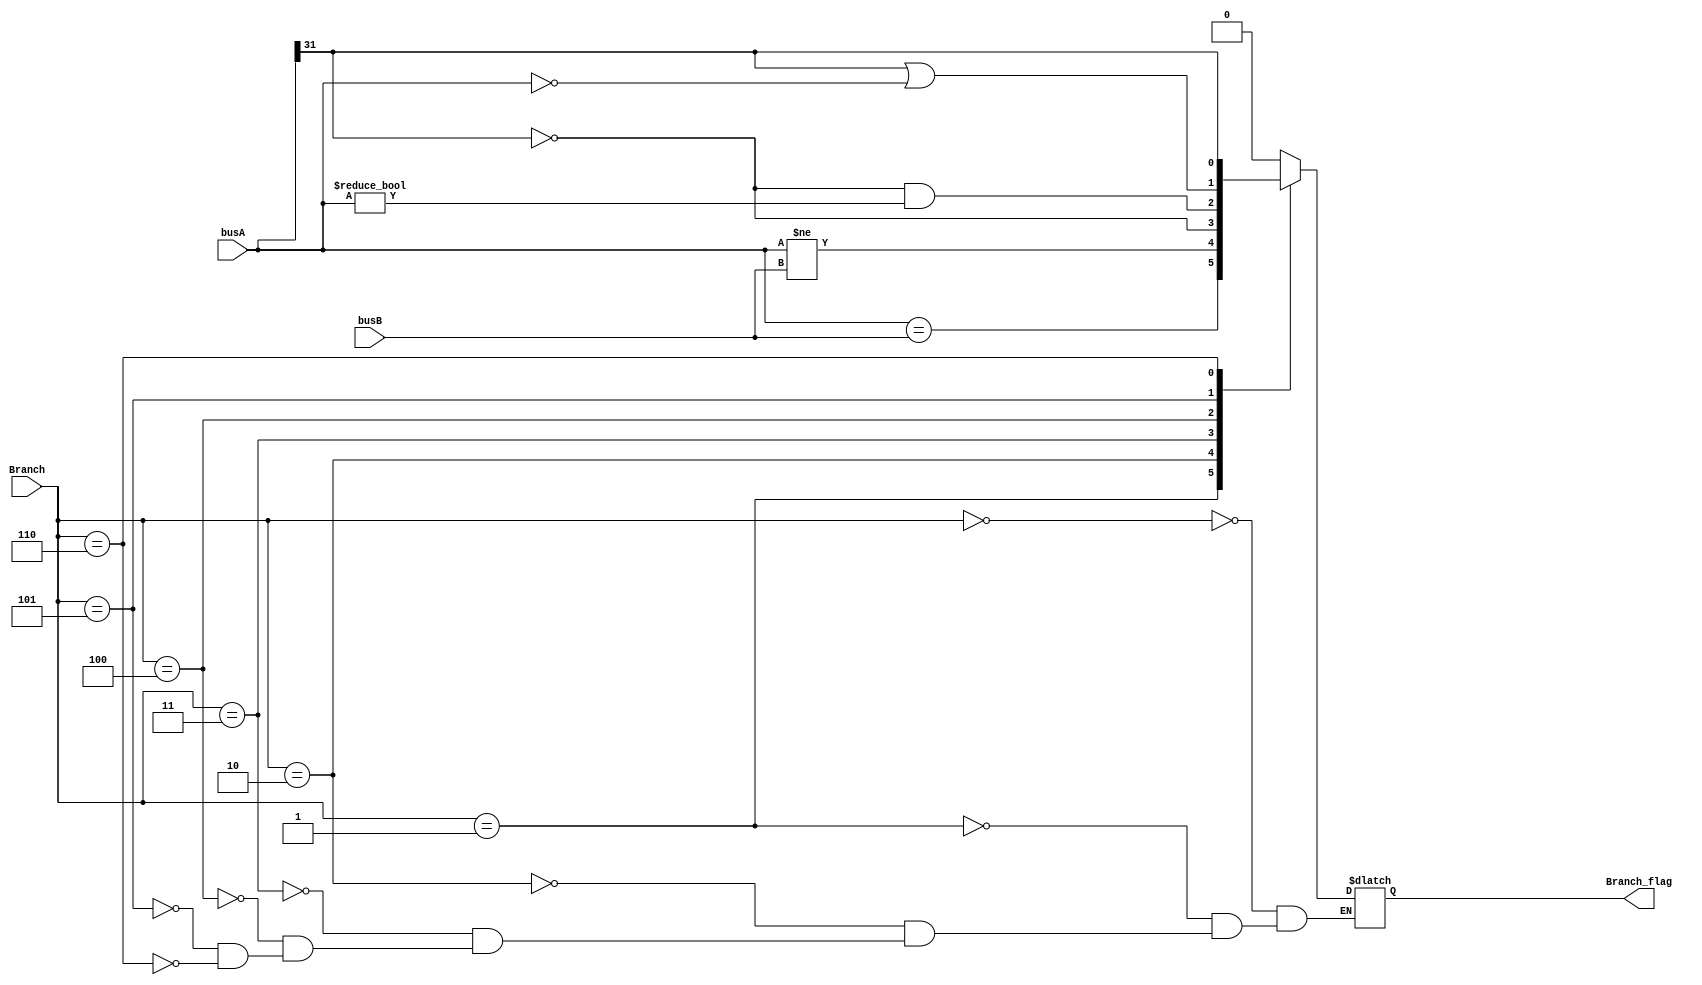
module branchOrNot(busA, busB, Branch, Branch_flag);

	input[31:0] busA;
	input[31:0] busB;
	input[2:0] Branch;

	output reg Branch_flag;

	initial begin
		Branch_flag = 0;
	end

	always @(*) begin
		case(Branch)
			3'b000:Branch_flag = 0;
			3'b001:Branch_flag = (busA == busB);
			3'b010:Branch_flag = (busA != busB);
			3'b011:Branch_flag = (busA[31] == 1'b0);
			3'b100:Branch_flag = (busA[31] == 1'b0 && busA != 32'b0);
			3'b101:Branch_flag = (busA[31] == 1'b1 || busA == 32'b0);
			3'b110:Branch_flag = (busA[31] == 1'b1);
		endcase
	end
	
endmodule